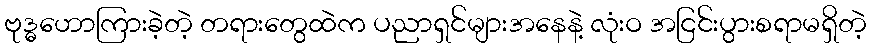
ဗုဒ္ဓဟောကြားခဲ့တဲ့ တရားတွေထဲက ပညာရှင်များအနေနဲ့ လုံးဝ အငြင်းပွားစရာမရှိတဲ့